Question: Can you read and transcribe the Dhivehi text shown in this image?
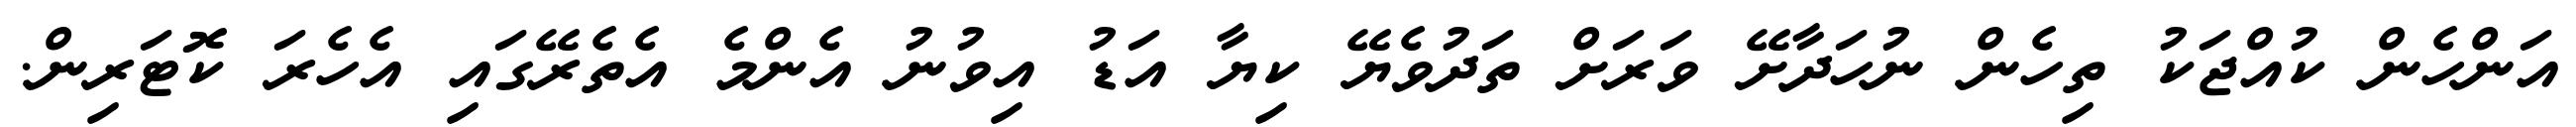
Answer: އަންހެން ކުއްޖަކު ތިހެން ނުހަދާށޭ ވަރަށް ތަދުވެޔޭ ކިޔާ އަޑު އިވުނު އެންމެ އެތެރޭގައި އެހެރަ ކޮޓަރިން.